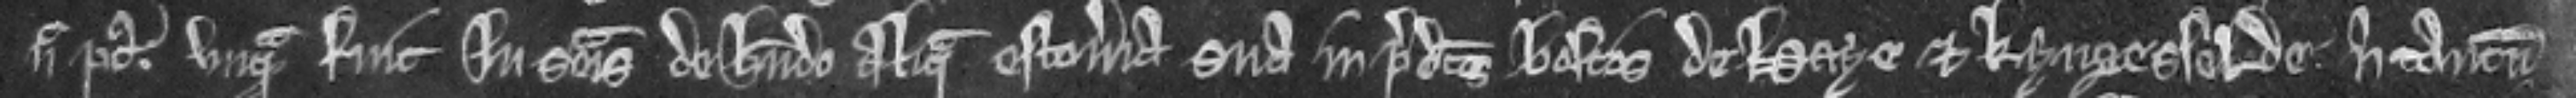
nec postea unquam fuit in seisina de habendo aliqua estoveria sua in predictis boscis de Haye et Kyngesselde. nisi tantum